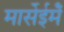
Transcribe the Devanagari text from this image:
मार्सेईमेँ